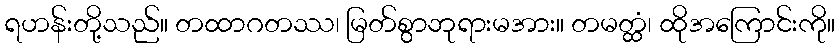
ရဟန်းတို့သည်။ တထာဂတဿ၊ မြတ်စွာဘုရားမအား။ တမတ္ထံ၊ ထိုအကြောင်းကို။